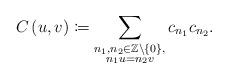
LaTeX: \begin{align*}C\left(u,v\right)\coloneqq \sum_{\substack{n_{1},n_{2} \in\mathbb{Z} \setminus\left\{ 0\right\},\\n_{1}u=n_{2}v}} c_{n_{1}}c_{n_{2}}.\end{align*}